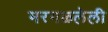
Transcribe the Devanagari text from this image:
मरगळलेली